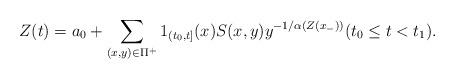
LaTeX: \begin{align*}Z(t) = a_0 +\sum_{(x,y) \in \Pi^+} 1_{(t_0,t]}(x) S(x,y)y^{-1/\alpha (Z(x_-))}(t_0 \leq t <t_1). \end{align*}